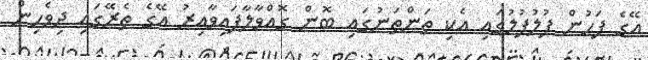
އޭގެ ފަހުން ފުލުފުލުގައި އެކި ތަންތަނުގައި ބޮން ގޮއްވާލާފައިވާއިރު އޭގެ ތެރޭގައި ދިވެހިން